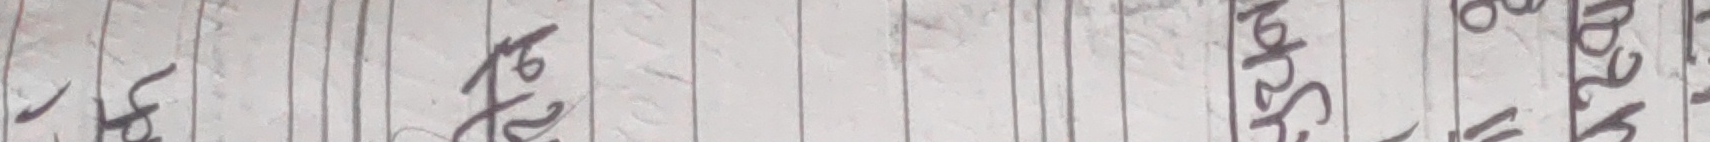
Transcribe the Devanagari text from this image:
७० २०२० ८६